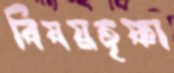
বিষয়তৃষ্ণা